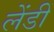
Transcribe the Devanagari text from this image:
लेंडीं